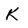
Character: K